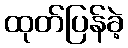
ထုတ်ပြန်ခဲ့